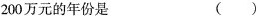
200万元的年份是 ()